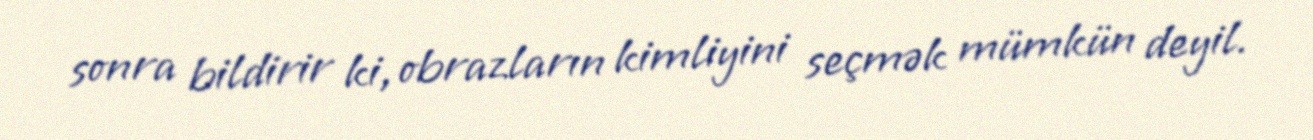
sonra bildirir ki, obrazların kimliyini seçmək mümkün deyil.